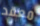
معقد